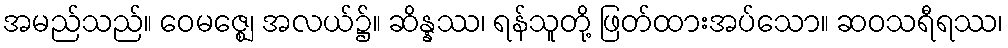
အမည်သည်။ ဝေမဇ္ဈေ၊ အလယ်၌။ ဆိန္နဿ၊ ရန်သူတို့ ဖြတ်ထားအပ်သော။ ဆဝသရီရဿ၊